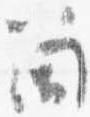
筒